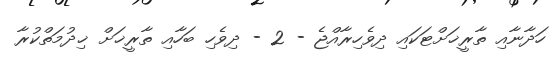
ހަދާނާއި ތާރީޚަށްޓަކައި ދިވެހިރާއްޖެ - 2 - ދިވެހި ބަހާއި ތާރީޚަށް ޚިދުމަތްކުރާ